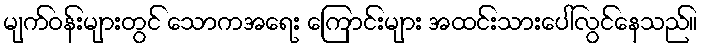
မျက်ဝန်းများတွင် သောကအရေး ကြောင်းများ အထင်းသားပေါ်လွင်နေသည်။